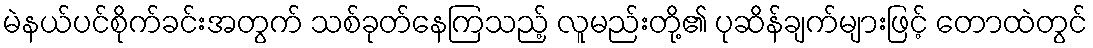
မဲနယ်ပင်စိုက်ခင်းအတွက် သစ်ခုတ်နေကြသည့် လူမည်းတို့၏ ပုဆိန်ချက်များဖြင့် တောထဲတွင်